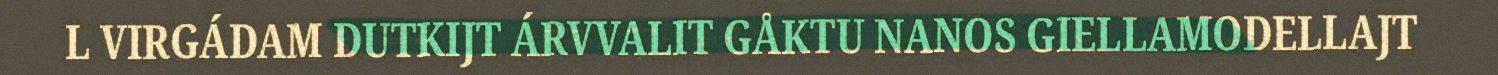
L VIRGÁDAM DUTKIJT ÁRVVALIT GÅKTU NANOS GIELLAMODELLAJT